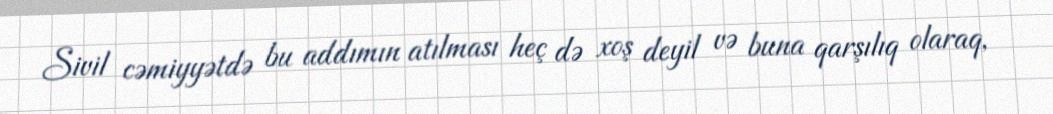
Sivil cəmiyyətdə bu addımın atılması heç də xoş deyil və buna qarşılıq olaraq,